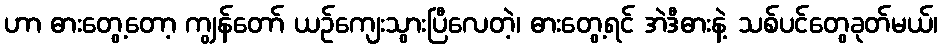
ဟာ ဓားတွေ့တော့ ကျွန်တော် ယဉ်ကျေးသွားပြီလေတဲ့၊ ဓားတွေ့ရင် အဲဒီဓားနဲ့ သစ်ပင်တွေခုတ်မယ်၊